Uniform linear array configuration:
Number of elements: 4
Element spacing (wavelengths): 0.75
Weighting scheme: blackman
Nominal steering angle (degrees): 30
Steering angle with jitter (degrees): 31.62
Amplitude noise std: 0.05
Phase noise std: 0.05

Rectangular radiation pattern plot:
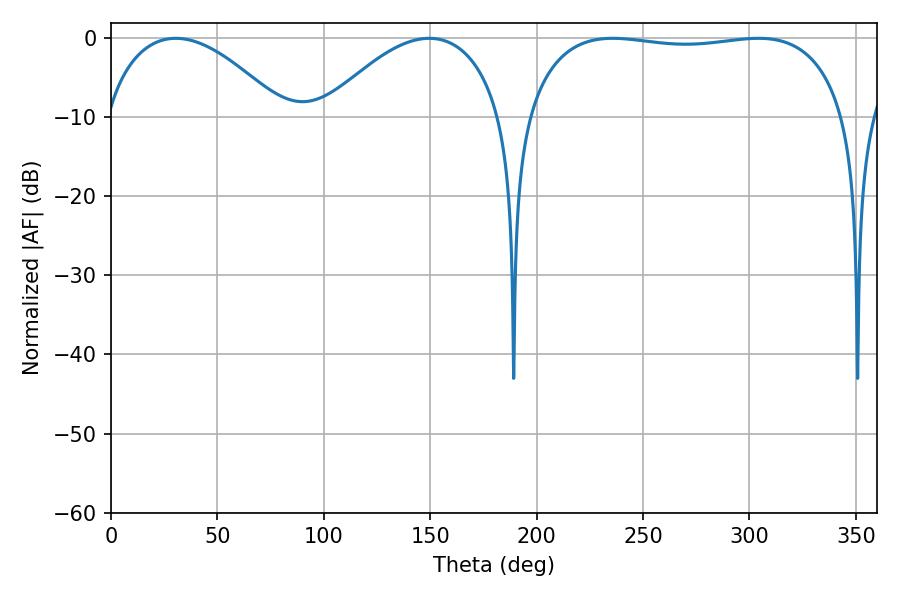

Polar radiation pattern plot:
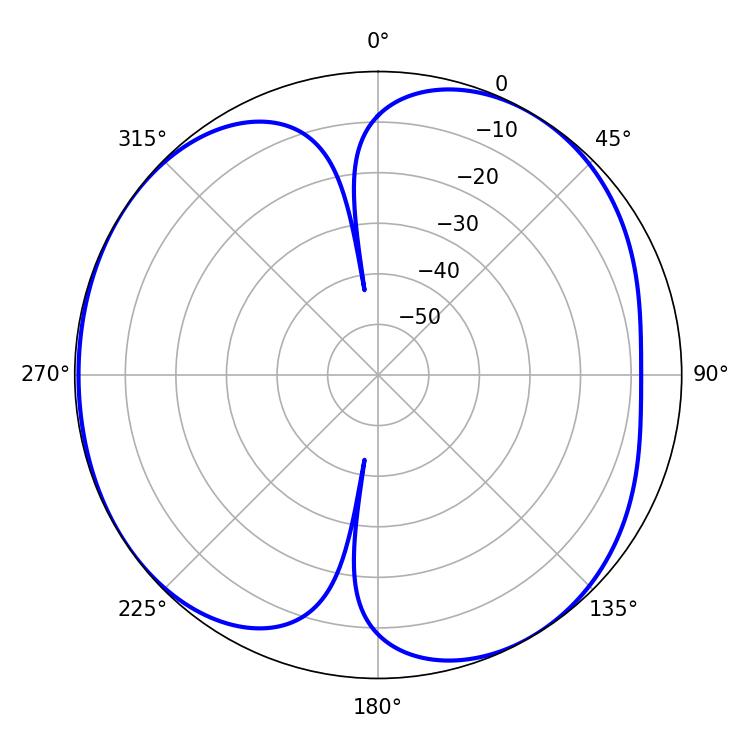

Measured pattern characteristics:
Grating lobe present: TRUE
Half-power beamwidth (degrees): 46.98
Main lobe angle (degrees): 30.42